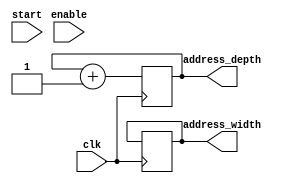
module K_addgenerator (
	input start,
	input clk,
	input enable,
	output reg [2:0] address_width,
	output reg [2:0] address_depth
);



parameter DEPTH = 240;





	always @(posedge clk) begin
		if (address_depth != DEPTH) begin
		address_depth <= address_depth + 1;	
		end
		else begin
		       address_width <= address_width + 1;
	       	       address_depth <= 0;

		end

	end
	endmodule